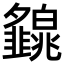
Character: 𤾿